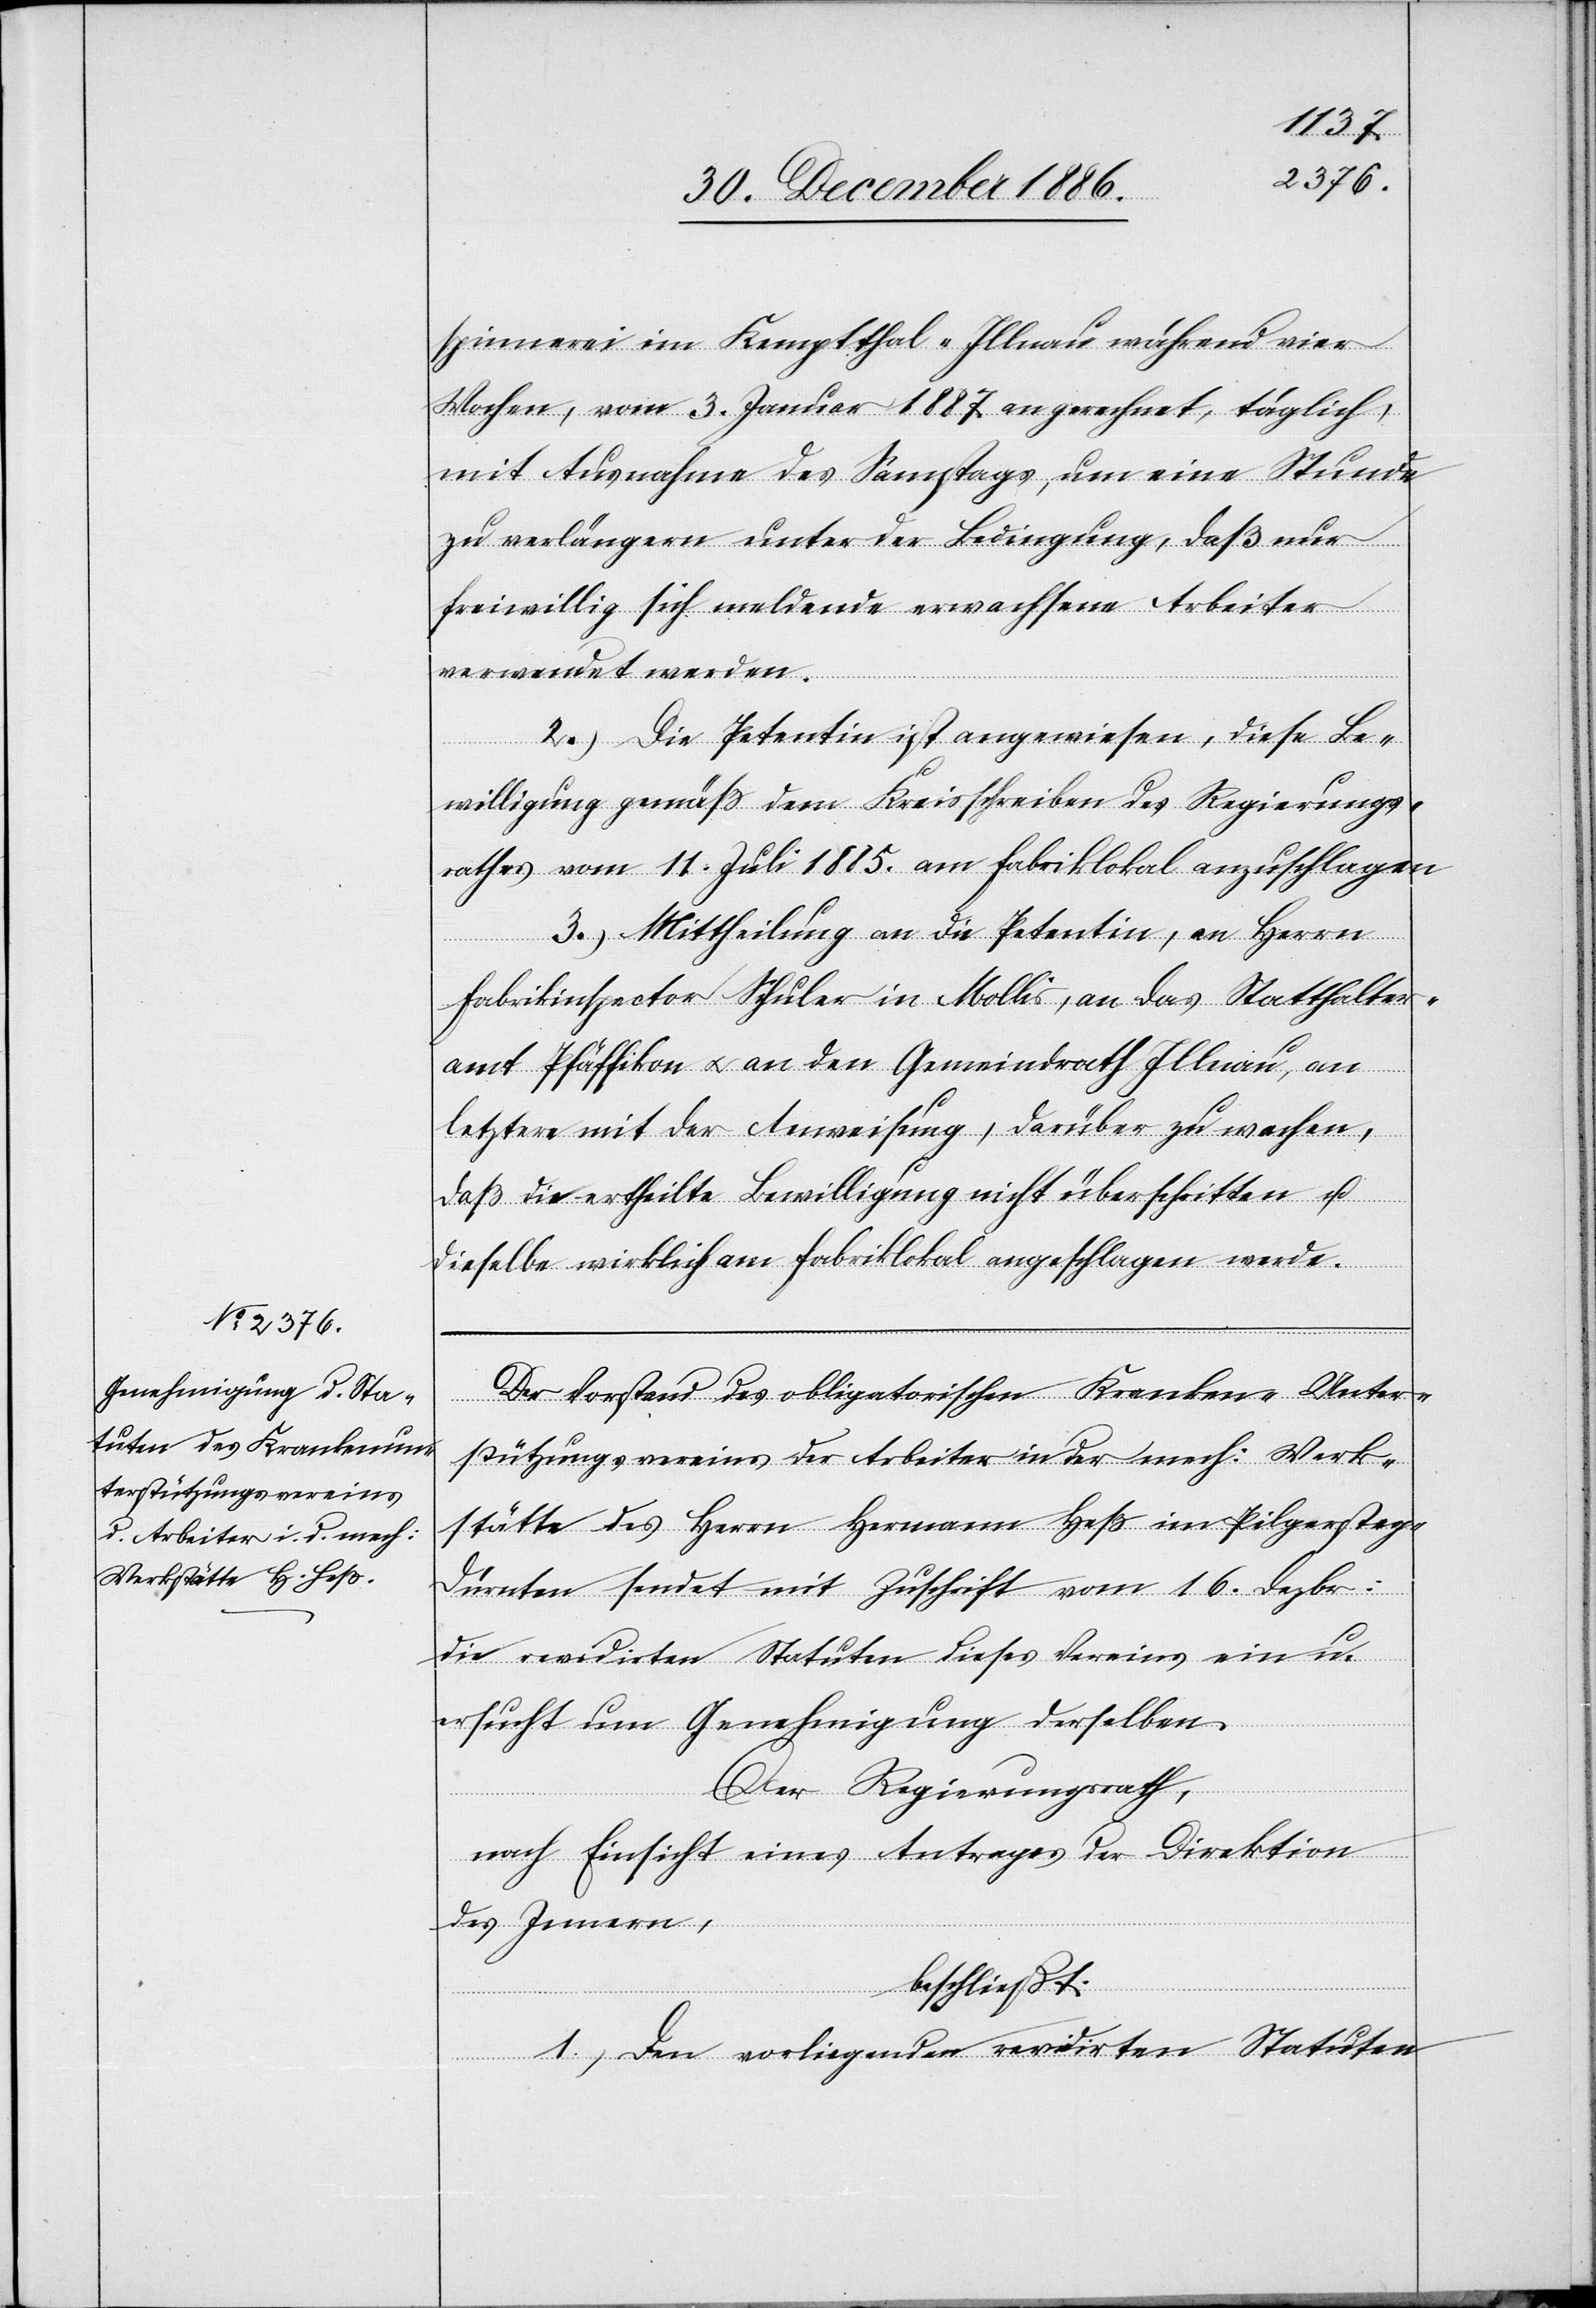
spinnerei im Kemptthal - Illnau während vier
Wochen, vom 3. Januar 1887 an gerechnet, täglich,
mit Ausnahme des Samstags, um eine Stunde
zu verlängern unter der Bedingung, daß nur
freiwillig sich meldende erwachsene Arbeiter
verwendet werden.
2.) Die Petentin ist angewiesen, diese Be¬
willigung gemäß dem Kreisschreiben des Regierungs¬
rathes vom 11. Juli 1885. am Fabriklokal anzuschlagen.
3.) Mittheilung an die Petentin, an Herrn
Fabrikinspector Schuler in Mollis, an das Statthalter¬
amt Pfäffikon & an den Gemeindrath Illnau, an
letztere mit der Anweisung, darüber zu wachen,
daß die ertheilte Bewilligung nicht überschritten u.
dieselbe wirklich am Fabriklokal angeschlagen werde.
Der Vorstand des obligatorischen Kranken-Unter¬
stützungsvereins der Arbeiter in der mech: Werk¬
stätte des Herrn Hermann Heß im Pilgersteg
Dürnten sendet mit Zuschrift vom 16. Dezbr:
die revidirten Statuten dieses Vereins ein u.
ersucht um Genehmigung derselben.
Der Regierungsrath,
nach Einsicht eines Antrages der Direktion
des Innern,
beschließt:
1.) Den vorliegenden revidirten Statuten